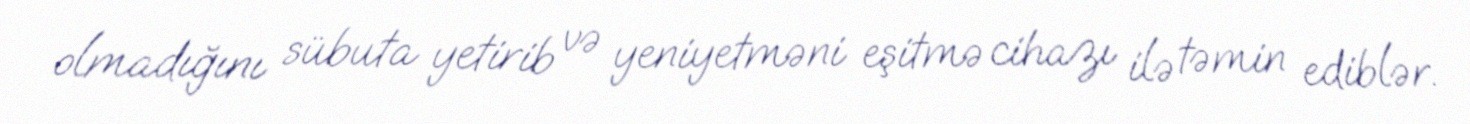
olmadığını sübuta yetirib və yeniyetməni eşitmə cihazı ilə təmin ediblər.